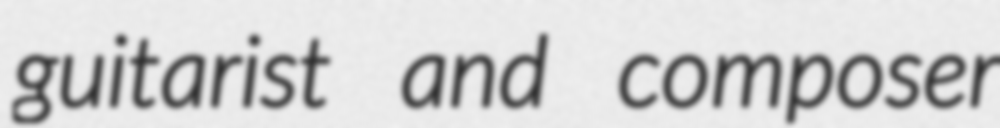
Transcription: guitarist and composer